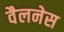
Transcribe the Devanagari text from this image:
वैलनेस